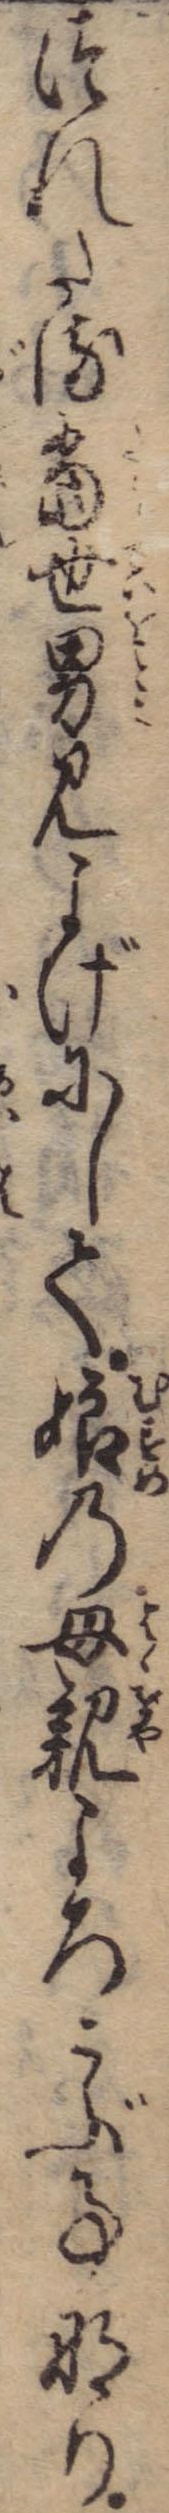
つれたる当世男見よげにして娘の母親よろこぶ事なり